Tezpur Lunatic Asylum reports 1895-1904 - 1895-1904
Year: 1895
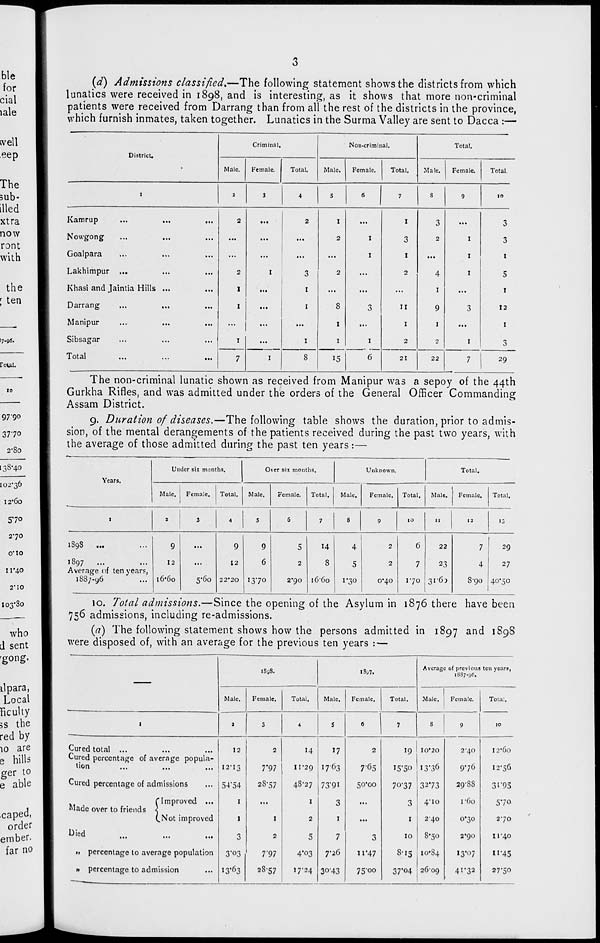
(d) Admissions classified.—The following statement shows the districts from which
lunatics were received in 1898, and is interesting, as it shows that more non-criminal
patients were received from Darrang than from all the rest of the districts in the province,
which furnish inmates, taken together. Lunatics in the Surma Valley are sent to Dacca :—
District.
Criminal.
Non-criminal.
Total.
Male.
Female.
Total.
Male.
Female.
Total.
Male.
Female.
Total.
1
2
3
4
S
6
7
8
9
10
Kamrup
...
...
...
Nowgong
Goalpara
...
...
...
Lakhimpur ...
Khasi and Jaintia Hills ...
Darrang
...
...
Manipur
Sibsagar
2
2
1
I
I
I
2
3
1
1
1
I
2
2
8
I
I
I
I
3
1
I
3
1
2
11
1
2
3
2
4
I
9
1
2
I
I
I
3
I
3
3
1
5
1
12
1
3
Total
...
...
...
7
I
8
15
6
21
22
7
29
The non-criminal lunatic shown as received from Manipur was a sepoy of the 44th
Gurkha Rifles, and was admitted under the orders of the General Officer Commanding
Assam District.
9. Duration of diseases.—The following table shows the duration, prior to admis-
sion, of the mental derangements of the patients received during the past two years, with
the average of those admitted during the past ten years:—
Years.
Under six months.
0 ver six months.
Unknown.
Total.
Male.
Female.
Total.
Male.
Female.
Total.
Male.
Female. Total.
Male.
Female.
Total.
1
2
3
4
5
6
7
8
9
10
11
12
13
1S98
...
1897
Average of ten years,
1887-96
9
12
16-60
5'6o
9
12
22*20
9
6
1370
5
2
2*90
8
16-60
4
5
1-30
2
2
O'^O
6
7
170
22
23
3r63
7
4
8-90
29
27
40-50
10. Total admissions.—Since the opening of the Asylum in 1876 there have been
756 admissions, including re-admissions.
(a) The following statement shows how the persons admitted in 1897 and 1898
were disposed of, with an average for the previous ten years : —
1S9S.
1897.
Averag( : of previous
1887-9(5.
ten years,
Male.
Female.
Total.
Male.
Female.
Total.
Male.
Female.
Total.
I
3
3
4
5
6
7
8
9
10
Cured total ...
Cured percentage of average popula-
tion
12
12-13
2
7*97
14
IP29 I763
2
7<3 5
'9
•5*50
10'20
I3'3 6
2-40
9-76
I2*6o
I2-56
Cured percentage of admissions
54'54
2S-57
4S-27 73*91
50*00
70-37 3273
29-SS
3"'9S
(Improved ...
Made over to friends <
(^Not improved
1
1
1
1
2
3
1
...
3
1
4-10
240
r6o
0*30
57o
2-70
Die d
3
2
5
7
3
10
8-50
2-90
1140
» percentage to average population 3"03
7-97
4*03
7-26
u-47
S-i5 10-84
13*07
n-45
» percentage to admission
I3* 6 3
38-57
17-24 3°'43
75-00
37*04 2609
41-32
27-50